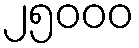
၂၅၀၀၀